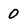
Character: 0